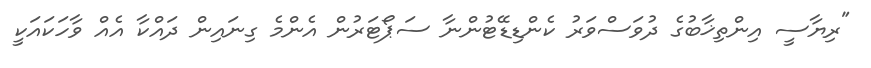
"ރިޔާސީ އިންތިޚާބުގެ ދުވަސްވަރު ކެންޑިޑޭޓުންނާ ސަޕޯޓަރުން އެންމެ ގިނައިން ދައްކާ އެއް ވާހަކައަކީ